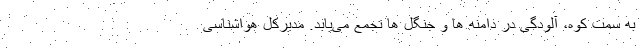
به سمت کوه، آلودگی در دامنه ها و جنگل ها تجمع می‌یابد. مدیرکل هواشناسی